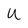
Character: u